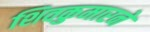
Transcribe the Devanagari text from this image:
शिवकुमारने